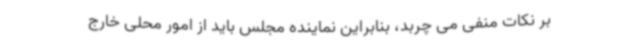
بر نکات منفی می چربد، بنابراین نماینده مجلس باید از امور محلی خارج